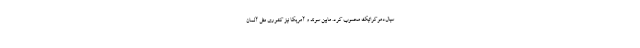
سیال‌دموکراتیک محسوب کرد. مابین سوئد و آمریکا نیز کشوری مثل آلمان